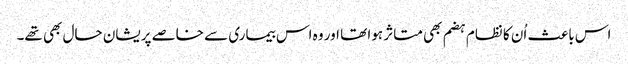
اس باعث اُن کا نظام ہضم بھی متاثر ہوا تھا اور وہ اس بیماری سے خاصے پریشان حال بھی تھے۔